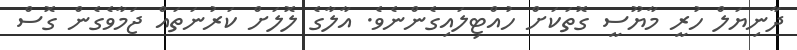
ދާނިޔަލް ހުރީ މާޔޫސީ ގޮތަކަށް ހުއްޓިލައިގެންނެވެ. އާލާގެ ލޮލަށް ކަރުނަތައް ޖަމާވެގެން ގޮސް